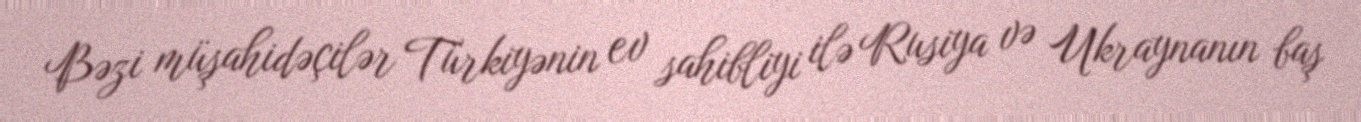
Bəzi müşahidəçilər Türkiyənin ev sahibliyi ilə Rusiya və Ukraynanın baş